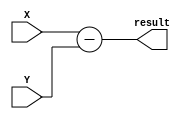
`timescale 1ns / 1ps
//////////////////////////////////////////////////////////////////////////////////
// Company: 
// Engineer: 
// 
// Design Name: 
// Module Name:    subtractor 
// Project Name: 
// Target Devices: 
// Tool versions: 
// Description: 
//
// Dependencies: 
//
// Revision: 
// Revision 0.01 - File Created
// Additional Comments: 
//
//////////////////////////////////////////////////////////////////////////////////
module subtractor(X, Y, result);

input [7:0] X;
input [7:0] Y;

output [7:0] result;

assign result = X - Y;

endmodule